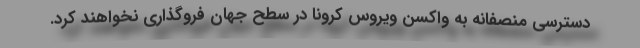
دسترسی منصفانه به واکسن ویروس کرونا در سطح جهان فروگذاری نخواهند کرد.